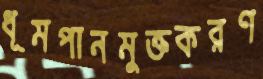
ধূমপানমুক্তকরণ